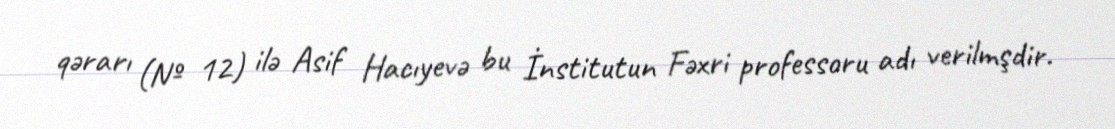
qərarı (№ 12) ilə Asif Hacıyevə bu İnstitutun Fəxri professoru adı verilmşdir.